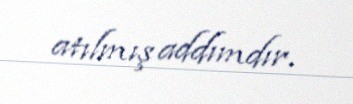
atılmış addımdır.